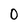
Character: O